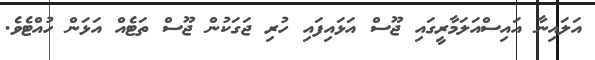
އަލައިނާ އައިސްއަލަމާރީގައި ޖޫސް އަޅައިފައި ހުރި ޖަގަކުން ޖޫސް ތަޓެއް އަޅަން ހުއްޓެވެ.